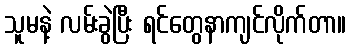
သူမနဲ့ လမ်းခွဲပြီး ရင်တွေနာကျင်လိုက်တာ။